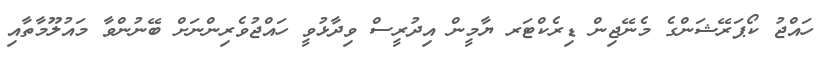
ހައްޖު ކޯޕަރޭޝަންގެ މެނޭޖިން ޑިރެކްޓަރ ޔާމީން އިދުރީސް ވިދާޅުވީ ހައްޖުވެރިންނަށް ބޭނުންވާ މައުލޫމާތާއި